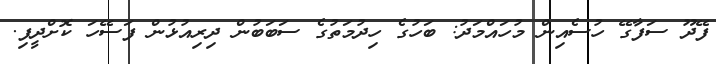
ފޭދޫ ސަފާގޭ ހުސެއިން މުހައްމަދު: ބަހުގެ ހިދުމަތުގެ ސަބަބުން ދިރިއުޅުން ފަސޭހަ ކޮށްދީފި.